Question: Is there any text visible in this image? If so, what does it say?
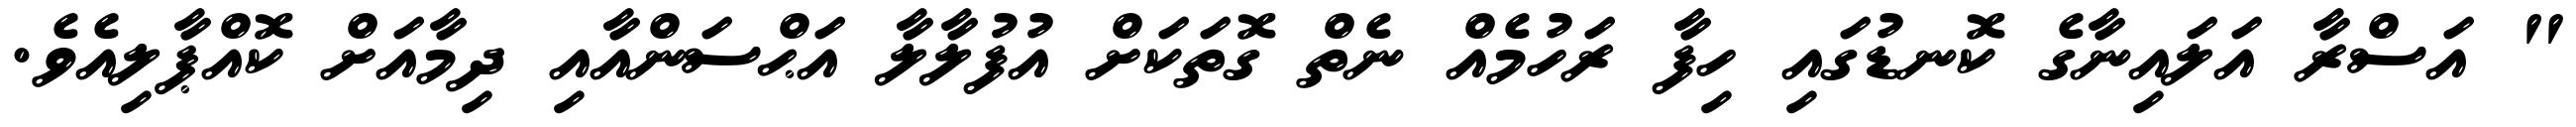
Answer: " އަސްރާ އަލައިނާގެ ކޮނޑުގައި ހިފާ ރަހުމެއް ނެތް ގޮތަކަށް އުފުލާލާ އަޙްސަންއާއި ދިމާއަށް ކޮއްޕާލިއެވެ.